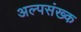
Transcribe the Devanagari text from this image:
अल्पसंख्क